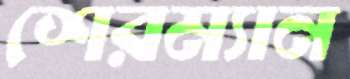
শেরম্যান